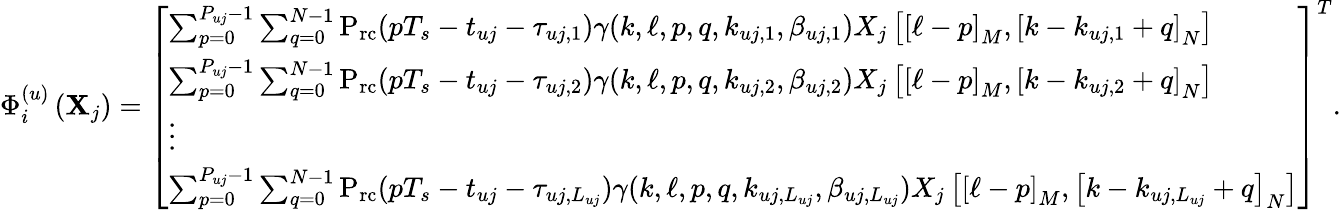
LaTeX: \begin{array}{r}{\Phi_{i}^{(u)}\left({{{\mathbf{X}}_{j}}}\right)=\left[\begin{array}{l}{{\sum_{p=0}^{{P_{uj}}-1}{\sum_{q=0}^{N-1}{{\mathrm{{P}}_{\mathrm{rc}}}(p{T_{s}}-{t_{uj}}-{\tau_{uj,1}})\gamma(k,\ell,p,q,{k_{uj,1}},{\beta_{uj,1}}){X_{j}}\left[{{{\left[{\ell-p}\right]}_{M}},{{\left[{k-{k_{uj,1}}+q}\right]}_{N}}}\right]}}}}\\ {{\sum_{p=0}^{{P_{uj}}-1}{\sum_{q=0}^{N-1}{{{\mathrm{P}}_{\mathrm{rc}}}(p{T_{s}}-{t_{uj}}-{\tau_{uj,2}})\gamma(k,\ell,p,q,{k_{uj,2}},{\beta_{uj,2}}){X_{j}}\left[{{{\left[{\ell-p}\right]}_{M}},{{\left[{k-{k_{uj,2}}+q}\right]}_{N}}}\right]}}}}\\ {\vdots}\\ {{\sum_{p=0}^{{P_{uj}}-1}{\sum_{q=0}^{N-1}{{\mathrm{{P}}_{\mathrm{rc}}}(p{T_{s}}-{t_{uj}}-{\tau_{uj,{L_{uj}}}})\gamma(k,\ell,p,q,{k_{uj,{L_{uj}}}},{\beta_{uj,{L_{uj}}}}){X_{j}}\left[{{{\left[{\ell-p}\right]}_{M}},{{\left[{k-{k_{uj,{L_{uj}}}}+q}\right]}_{N}}}\right]}}}}\end{array}\right]^{T}.}\end{array}